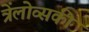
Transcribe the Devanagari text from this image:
त्रेंलोव्सकी